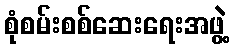
စုံစမ်းစစ်ဆေးရေးအဖွဲ့